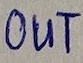
Text: OUT